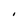
Character: I